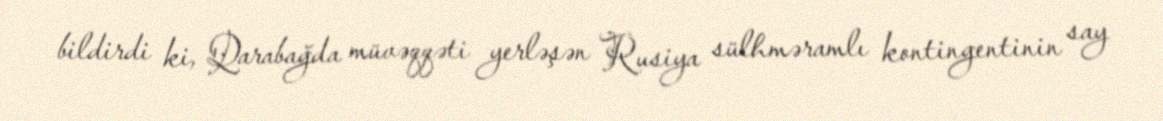
bildirdi ki, Qarabağda müvəqqəti yerləşən Rusiya sülhməramlı kontingentinin say